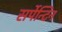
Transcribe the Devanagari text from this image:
सर्पेन्टिन